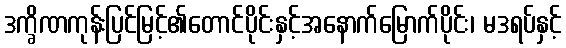
ဒက္ခိဏကုန်းပြင်မြင့်၏တောင်ပိုင်းနှင့်အနောက်မြောက်ပိုင်း၊ မဒရပ်နှင့်